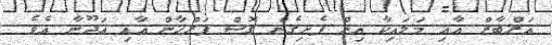
އަރްބާޒް އާއި މަލައިކާ އިން ފެށިގެން ގޮސް ފަރްހާން އާއި އަދޫނާ އެވެ.